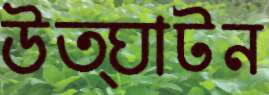
উত্ঘাটন